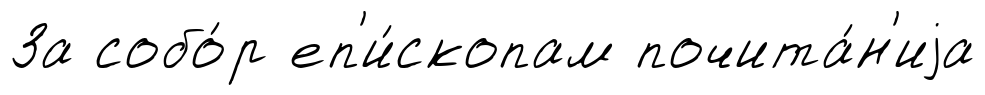
За собо́р еп'и́скопам почита́н'иjа